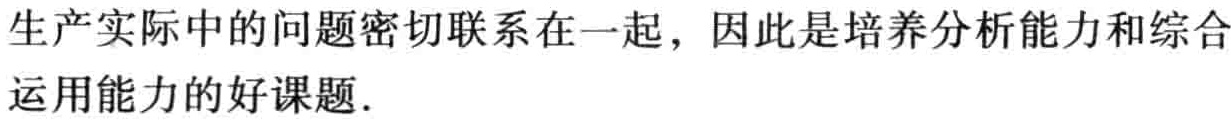
生产实际中的问题密切联系在一起，因此是培养分析能力和综合运用能力的好课题．